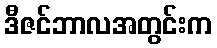
ဒီဇင်ဘာလအတွင်းက